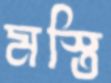
মস্তি